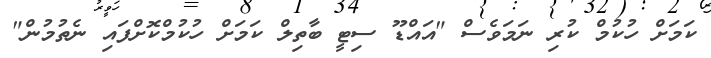
ކަމަށް ހުކުމް ކުރި ނަމަވެސް "އައްޑޫ ސިޓީ ބާތިލް ކަމަށް ހުކުމްކޮށްފައި ނެތުމުން"